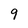
Character: 9